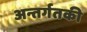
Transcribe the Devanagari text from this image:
अन्तर्गतकी